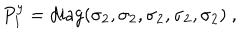
LaTeX: P _ { 1 } ^ { y } = \mathrm { d i a g } ( \sigma _ { 2 } , \sigma _ { 2 } , \sigma _ { 2 } , \sigma _ { 2 } , \sigma _ { 2 } ) ~ , ~ \,